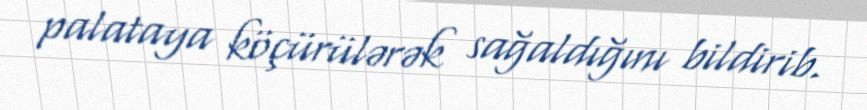
palataya köçürülərək sağaldığını bildirib.